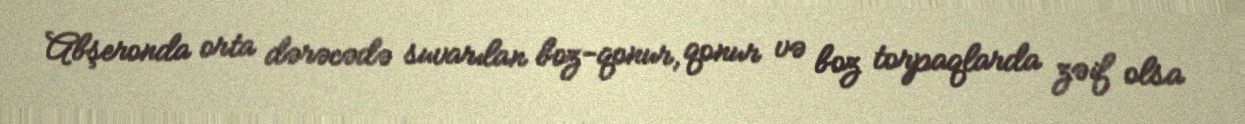
Abşeronda orta dərəcədə suvarılan boz-qonur, qonur və boz torpaqlarda zəif olsa